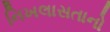
નિખલાસતાનો